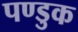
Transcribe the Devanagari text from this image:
पण्डुक